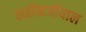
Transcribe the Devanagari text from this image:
लरीनजीयाल